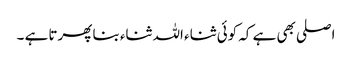
اصلی بھی ہے کہ کوئی ثناء اللہ ثناء بنا پھرتا ہے ۔